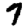
Digit: 7